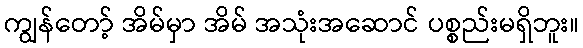
ကျွန်တော့် အိမ်မှာ အိမ် အသုံးအဆောင် ပစ္စည်းမရှိဘူး။